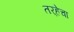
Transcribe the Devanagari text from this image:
तर्‍हेचा